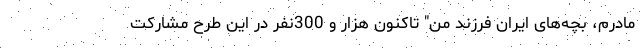
مادرم، بچه‌های ایران فرزند من" تاکنون هزار و 300نفر در این طرح مشارکت